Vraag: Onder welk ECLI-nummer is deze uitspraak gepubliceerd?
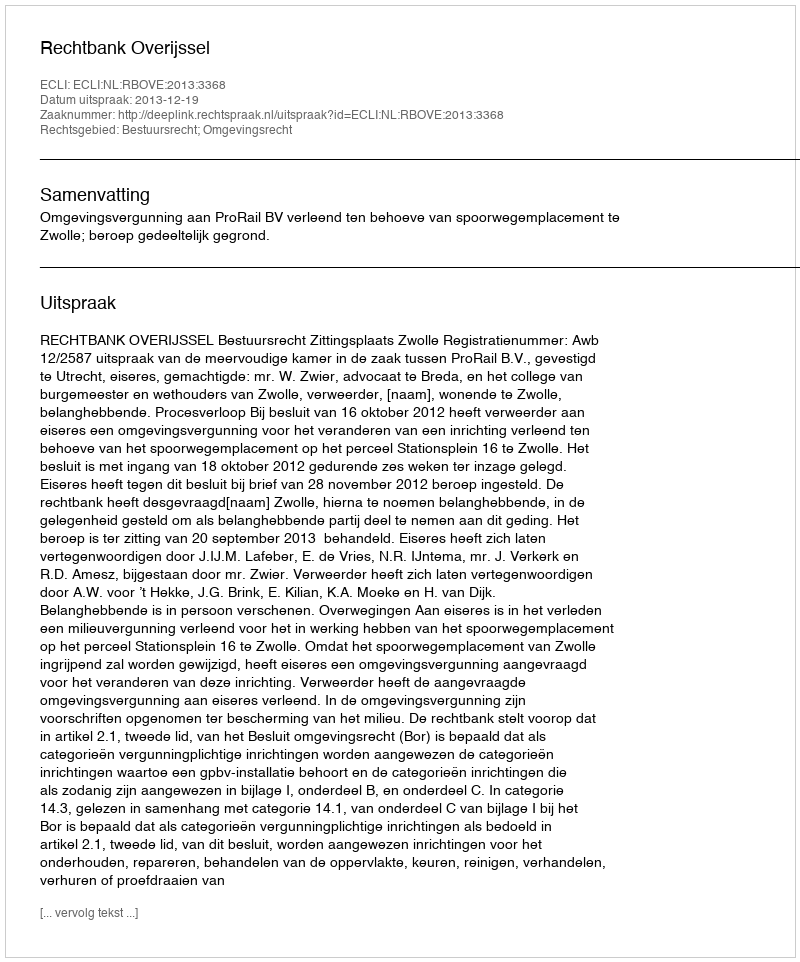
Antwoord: ECLI:NL:RBOVE:2013:3368